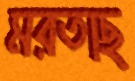
মরতাছ